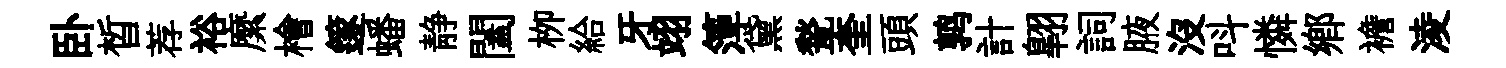
卧晳荐裕縻檜篴蟠静闔栁給牙翊𥱼黛甃奎頭鹑計翺詞腋沒呌憐鄉襜淩